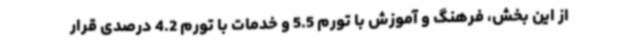
از این بخش، فرهنگ و آموزش با تورم 5.5 و خدمات با تورم 4.2 درصدی قرار